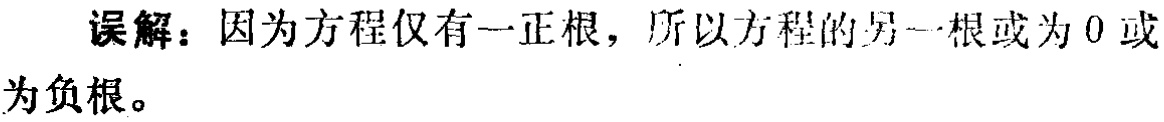
误解：因为方程仅有一正根，所以方程的另一根或为 \(0\) 或为负根。